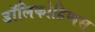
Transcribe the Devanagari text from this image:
डॉलिकोहिप्पस